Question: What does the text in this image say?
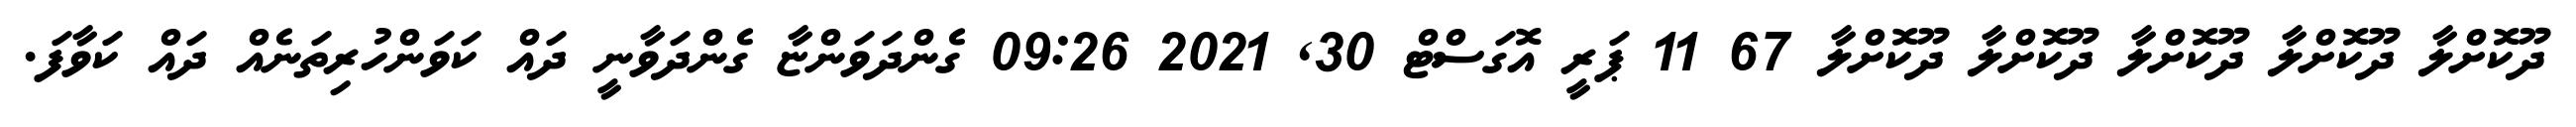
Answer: ދޫކޮށްލާ ދޫކޮށްލާ ދޫކޮށްލާ ދޫކޮށްލާ ދޫކޮށްލާ 67 11 ޕަރީ އޮގަސްޓް 30, 2021 09:26 ގެންދަވަންޏާ ގެންދަވާނީ ދައް ކަވަންހުރިތަނެއް ދައް ކަވާފަ.